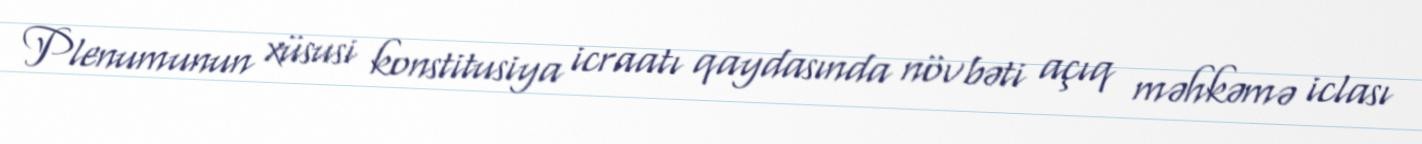
Plenumunun xüsusi konstitusiya icraatı qaydasında növbəti açıq məhkəmə iclası